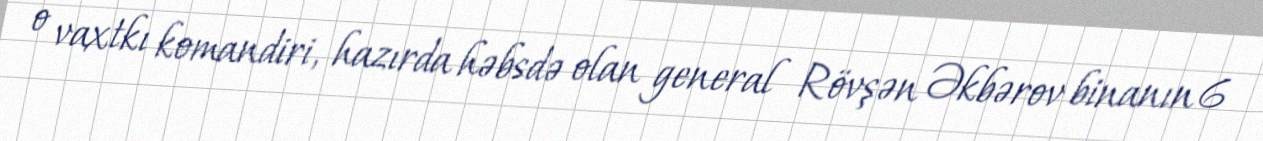
o vaxtkı komandiri, hazırda həbsdə olan general Rövşən Əkbərov binanın 6